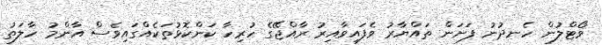
ވޯޓްލުން ހެނދުނު ފަށަން ތައްޔާރު ވެފައިވާއިރު ރާއްޖޭގެ ހުރިހާ ކަންކޮޅުތަކެއްގައިވެސް އާންމު ހާލަތު